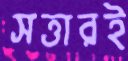
সত্তারই